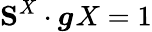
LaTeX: \mathbf{S}^{X}\cdot\boldsymbol{g}_{\sf}{X}=1